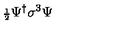
{ \scriptstyle \frac { 1 } { 2 } } \Psi ^ { \dagger } \sigma ^ { 3 } \Psi